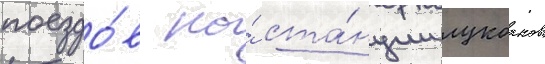
поездо́в на́ ста́нции лукоанов